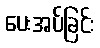
ပေးအပ်ခြင်း